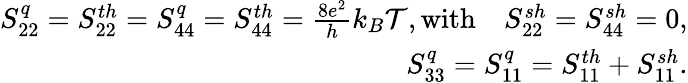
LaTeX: \begin{array}{r}{S_{22}^{q}={S_{22}^{th}}=S_{44}^{q}={S_{44}^{th}}=\frac{8e^{2}}{h}k_{B}\mathcal{T},\mathrm{with}\quad S_{22}^{sh}=S_{44}^{sh}=0,}\\ {S_{33}^{q}=S_{11}^{q}=S_{11}^{th}+{S_{11}^{sh}}.}\end{array}